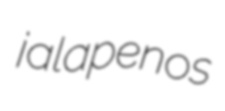
jalapenos